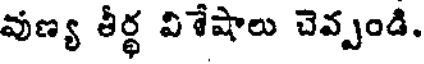
వుణ్య తీర్థ విశేషాలు చెవ్పండి.